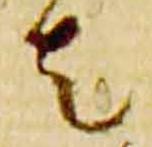
者